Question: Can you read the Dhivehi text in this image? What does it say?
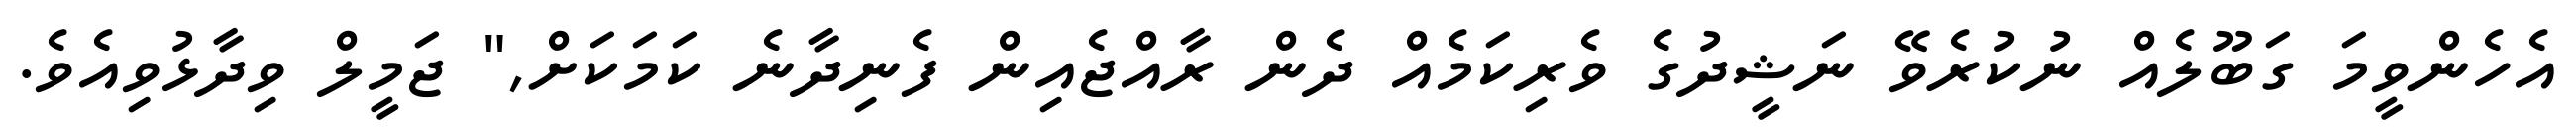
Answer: އެހެންވީމަ ގަބޫލެއް ނުކުރެވޭ ނަޝީދުގެ ވެރިކަމެއް ދެން ރާއްޖެއިން ފެނިދާނެ ކަމަކަށް," ޖަމީލް ވިދާޅުވިއެވެ.